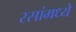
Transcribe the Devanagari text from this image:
रसांमध्ये